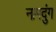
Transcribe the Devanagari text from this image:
नामदुंग